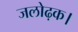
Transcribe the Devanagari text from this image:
जलोढ़क।